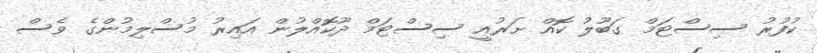
ކުފުރު ސިސްޓަމް ގަބޫލު ކޮއް ށަރުއީ ސިސްޓަމް ދޫކޮއްލުން އައިރު މުސްލިމުންގެ ވެސް